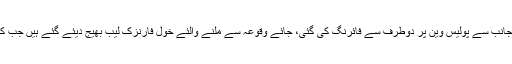
پولیس کا کہنا ہے کہ ملزمان کی جانب سے پولیس وین پر دوطرف سے فائرنگ کی گئی، جائے وقوعہ سے ملنے والئے خول فارنزک لیب بھیج دیئے گئے ہیں جب کہ کارروائی کا آغازکردیا گیا ہے۔